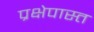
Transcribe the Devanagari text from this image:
प्रक्षेपास्त